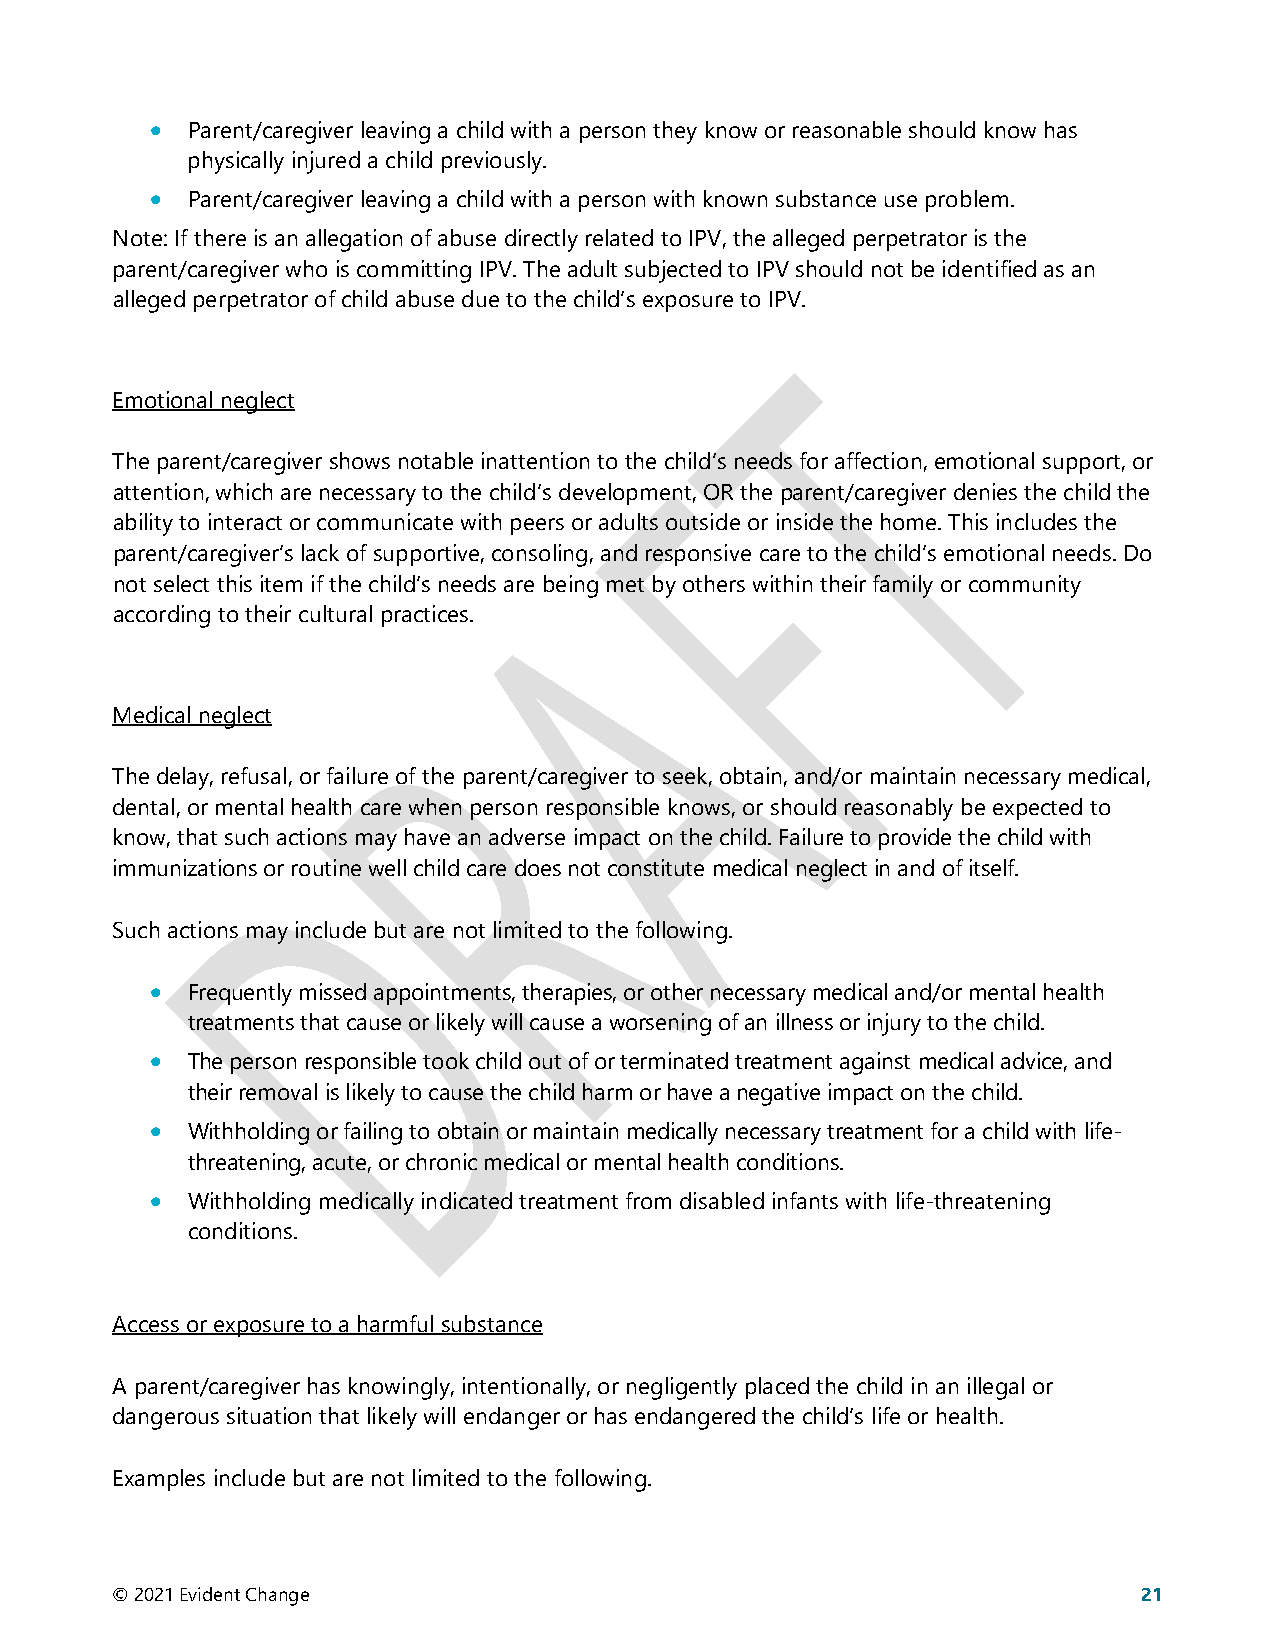
• Parent/caregiver leaving a child with a person they know or reasonable should know has
 physically injured a child previously.
 • Parent/caregiver leaving a child with a person with known substance use problem.
 Note: If there is an allegation of abuse directly related to IPV, the alleged perpetrator is the
 parent/caregiver who is committing IPV. The adult subjected to IPV should not be identified as an
 alleged perpetrator of child abuse due to the child’s exposure to IPV.
 Emotional neglect
 The parent/caregiver shows notable inattention to the child’s needs for affection, emotional support, or
 attention, which are necessary to the child’s development, OR the parent/caregiver denies the child the
 ability to interact or communicate with peers or adults outside or inside the home. This includes the
 parent/caregiver’s lack of supportive, consoling, and responsive care to the child’s emotional needs. Do
 not select this item if the child’s needs are being met by others within their family or community
 according to their cultural practices.
 Medical neglect
 The delay, refusal, or failure of the parent/caregiver to seek, obtain, and/or maintain necessary medical,
 dental, or mental health care when person responsible knows, or should reasonably be expected to
 know, that such actions may have an adverse impact on the child. Failure to provide the child with
 immunizations or routine well child care does not constitute medical neglect in and of itself.
 Such actions may include but are not limited to the following.
 • Frequently missed appointments, therapies, or other necessary medical and/or mental health
 treatments that cause or likely will cause a worsening of an illness or injury to the child.
 • The person responsible took child out of or terminated treatment against medical advice, and
 their removal is likely to cause the child harm or have a negative impact on the child.
 • Withholding or failing to obtain or maintain medically necessary treatment for a child with life-
 threatening, acute, or chronic medical or mental health conditions.
 • Withholding medically indicated treatment from disabled infants with life-threatening
 conditions.
 Access or exposure to a harmful substance
 A parent/caregiver has knowingly, intentionally, or negligently placed the child in an illegal or
 dangerous situation that likely will endanger or has endangered the child’s life or health.
 Examples include but are not limited to the following.
 © 2021 Evident Change                                                21